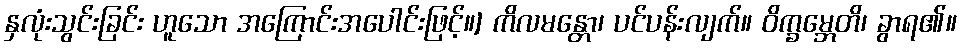
နှလုံးသွင်းခြင်း ဟူသော အကြောင်းအပေါင်းဖြင့်။] ကိလမန္တော၊ ပင်ပန်းလျက်။ ဝိက္ခမ္ဘေတိ၊ ခွာရ၏။